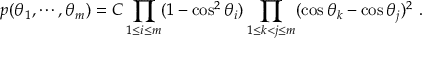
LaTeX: p ( \theta _ { 1 } , \cdots , \theta _ { m } ) = C \prod _ { 1 \leq i \leq m } ( 1 - \cos ^ { 2 } \theta _ { i } ) \prod _ { 1 \leq k < j \leq m } ( \cos \theta _ { k } - \cos \theta _ { j } ) ^ { 2 } ~ .